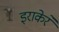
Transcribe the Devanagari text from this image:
इराकेरे